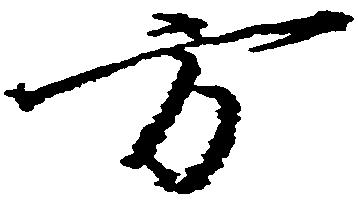
方